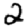
Digit: 2